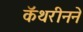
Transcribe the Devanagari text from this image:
कॅथरीनने